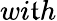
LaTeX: wi\mathfrak{t}h